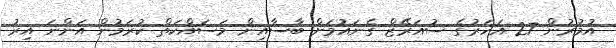
އުމުރުން 27 އަހަރުގެ ސުއަރޭޒް ގެނައުމަށް ބާސާއިން މަސައްކަތް ކުރަމުން އަންނަ އިރު